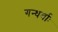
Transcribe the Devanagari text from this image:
गन्धर्वाः